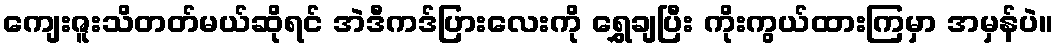
ကျေးဇူးသိတတ်မယ်ဆိုရင် အဲဒီကဒ်ပြားလေးကို ရွှေချပြီး ကိုးကွယ်ထားကြမှာ အမှန်ပဲ။